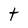
Character: t